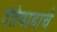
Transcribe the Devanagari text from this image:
दंतेवाडाचे